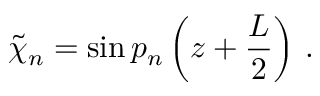
\tilde { \chi } _ { n } = \sin p _ { n } \left( z + \frac { L } { 2 } \right) \, .